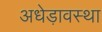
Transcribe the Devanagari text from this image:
अधेड़ावस्था